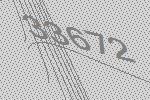
33672